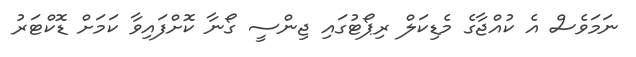
ނަމަވެސް އެ ކުއްޖާގެ މެޑިކަލް ރިޕޯޓުގައި ޖިންސީ ގޯނާ ކޮށްފައިވާ ކަމަށް ޑޮކްޓަރު